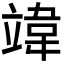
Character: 𫁨